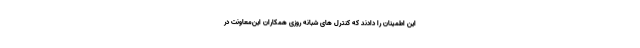
این اطمینان را دادند که کنترل های شبانه روزی همکاران این‌معاونت در